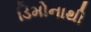
ડિમોનાથી